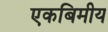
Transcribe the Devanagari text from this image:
एकबिमीय